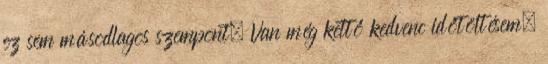
ez sem másodlagos szempont. Van még kettő kedvenc időtöltésem,